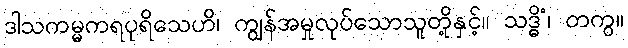
ဒါသကမ္မကရပုရိသေဟိ၊ ကျွန်အမှုလုပ်သောသူတို့နှင့်။ သဒ္ဓိံ၊ တကွ။